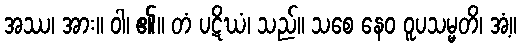
အဿ၊ အား။ ဝါ၊ ၏။ တံ ပဋိဃံ၊ သည်။ သစေ နေဝ ဝူပသမ္မတိ၊ အံ့။